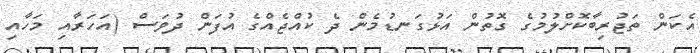
އެކަން ތަޖުރިބާކޮށްލުމުގެ ގޮތުން އަޅުގަނޑުމެން ދެ ކުއްޖެއްގެ އުފަން ދުވަސް (އަހަރާއި މަހާއި